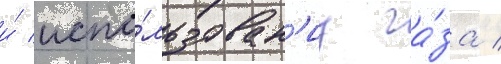
и́ испо́льзован'иу га́за /